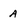
Character: A